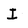
Character: I